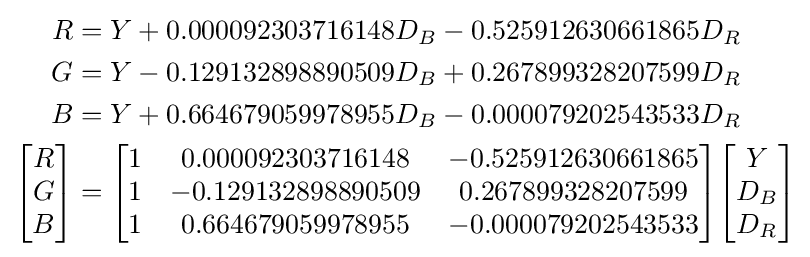
{\begin{aligned}R&=Y+0.000092303716148D_{B}-0.525912630661865D_{R}\\G&=Y-0.129132898890509D_{B}+0.267899328207599D_{R}\\B&=Y+0.664679059978955D_{B}-0.000079202543533D_{R}\\{\begin{bmatrix}R\\G\\B\end{bmatrix}}&={\begin{bmatrix}1&0.000092303716148&-0.525912630661865\\1&-0.129132898890509&0.267899328207599\\1&0.664679059978955&-0.000079202543533\end{bmatrix}}{\begin{bmatrix}Y\\D_{B}\\D_{R}\end{bmatrix}}\end{aligned}}